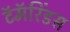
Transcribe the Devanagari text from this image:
टॅमॅरिंडस